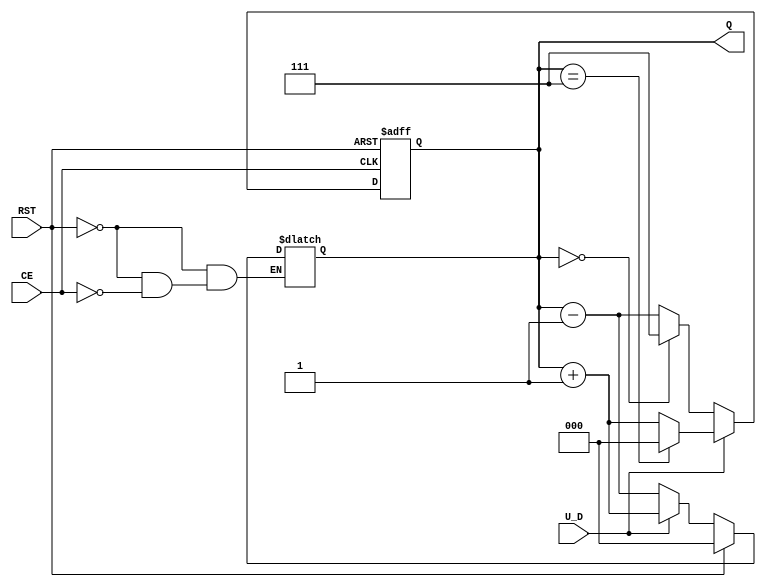
module UpDownCounter (
    input wire U_D,        // Up/Down control signal
    input wire CE,         // Count Enable
    input wire RST,        // Asynchronous Reset
    output reg [2:0] Q     // 3-bit Counter Output (0-7)
);

// Asynchronous reset and counting logic
always @(*) begin
    if (RST) begin
        Q = 3'b000; // Reset counter to 0
    end else if (CE) begin
        if (U_D) begin
            Q = Q + 1; // Count up
        end else begin
            Q = Q - 1; // Count down
        end
    end
end

// Handle overflow and underflow
always @(posedge CE or posedge RST) begin
    if (RST) begin
        Q <= 3'b000; // Reset counter to 0
    end else if (CE) begin
        if (U_D) begin
            if (Q == 3'b111) begin
                Q <= 3'b000; // Wrap around to 0 on overflow
            end else begin
                Q <= Q + 1; // Count up
            end
        end else begin
            if (Q == 3'b000) begin
                Q <= 3'b111; // Wrap around to 7 on underflow
            end else begin
                Q <= Q - 1; // Count down
            end
        end
    end
end

endmodule